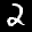
Label: 2